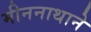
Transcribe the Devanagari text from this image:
मीननाथाने